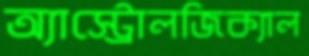
অ্যাস্ট্রোলজিক্যাল